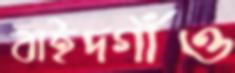
বাইদগাঁও